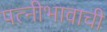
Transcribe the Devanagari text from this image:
पत्नीभावाची